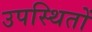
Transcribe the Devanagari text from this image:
उपस्थितों